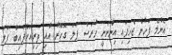
އެންމެ ފަހުން ޖެހިފައި އިންނަނީ ހުރަސް ފަލަ ގޮހޮރު އާއި ތިރިއަށްފައިބާ ފަލަ